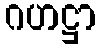
ဂဟဋ္ဌာ